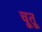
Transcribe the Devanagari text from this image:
चूतू